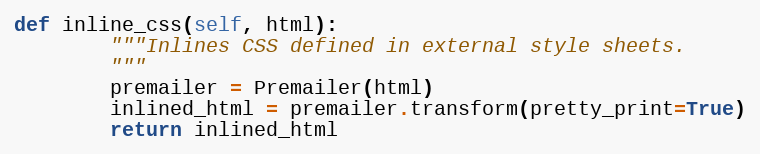
Language: Python
def inline_css(self, html):
        """Inlines CSS defined in external style sheets.
        """
        premailer = Premailer(html)
        inlined_html = premailer.transform(pretty_print=True)
        return inlined_html